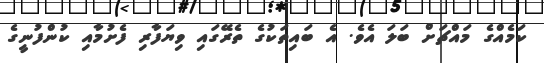
ކަމެއްގެ މައްޗަށް ބަލަ އެވެ. އެ ބައިތަކުގެ ތެރޭގައި ވިޔަފާރި ފެށުމާއި ކުންފުނީގެ